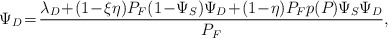
\begin{align*}\Psi_D \!=\! \frac{\lambda_D \!+\! (1\!-\!\xi\eta)P_F(1\!-\!\Psi_S)\Psi_D \!+\! (1\!-\!\eta)P_Fp(P_{})\Psi_S\Psi_D}{P_F},\end{align*}